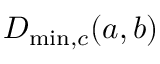
D _ { \operatorname* { m i n } , c } ( a , b )